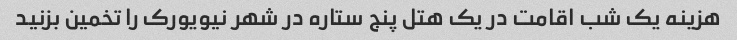
هزینه یک شب اقامت در یک هتل پنج ستاره در شهر نیویورک را تخمین بزنید